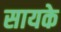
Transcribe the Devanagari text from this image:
सायके